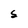
Character: S